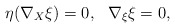
\begin{align*}\eta(\nabla_X\xi)=0, \ \ \nabla_{\xi}\xi=0,\end{align*}